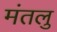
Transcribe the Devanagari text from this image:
मंतलु